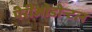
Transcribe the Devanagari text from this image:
पेरीओडोन्टल